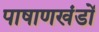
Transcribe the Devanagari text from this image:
पाषाणखंडों